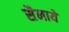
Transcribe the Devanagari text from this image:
सैनाये